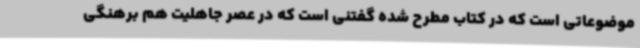
موضوعاتی است که در کتاب مطرح شده گفتنی است که در عصر جاهلیت هم برهنگی